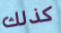
كذلك